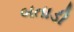
બતાડી